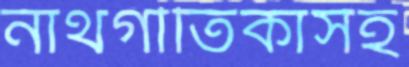
নাথগীতিকাসহ